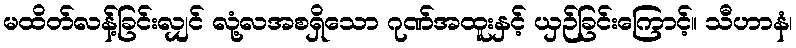
မထိတ်လန့်ခြင်းလျှင် လုံ့လအစရှိသော ဂုဏ်အထူးနှင့် ယှဉ်ခြင်းကြောင့်။ သီဟာနံ၊